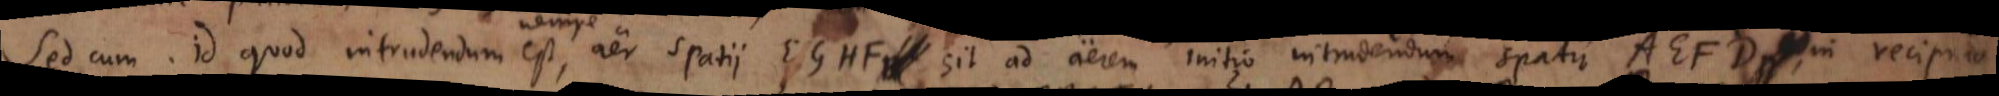
Sed cum id quod intrudendum est, aer spatii EGHF sit ad aerem initio intrudendum spatii AEFD, in reciproca